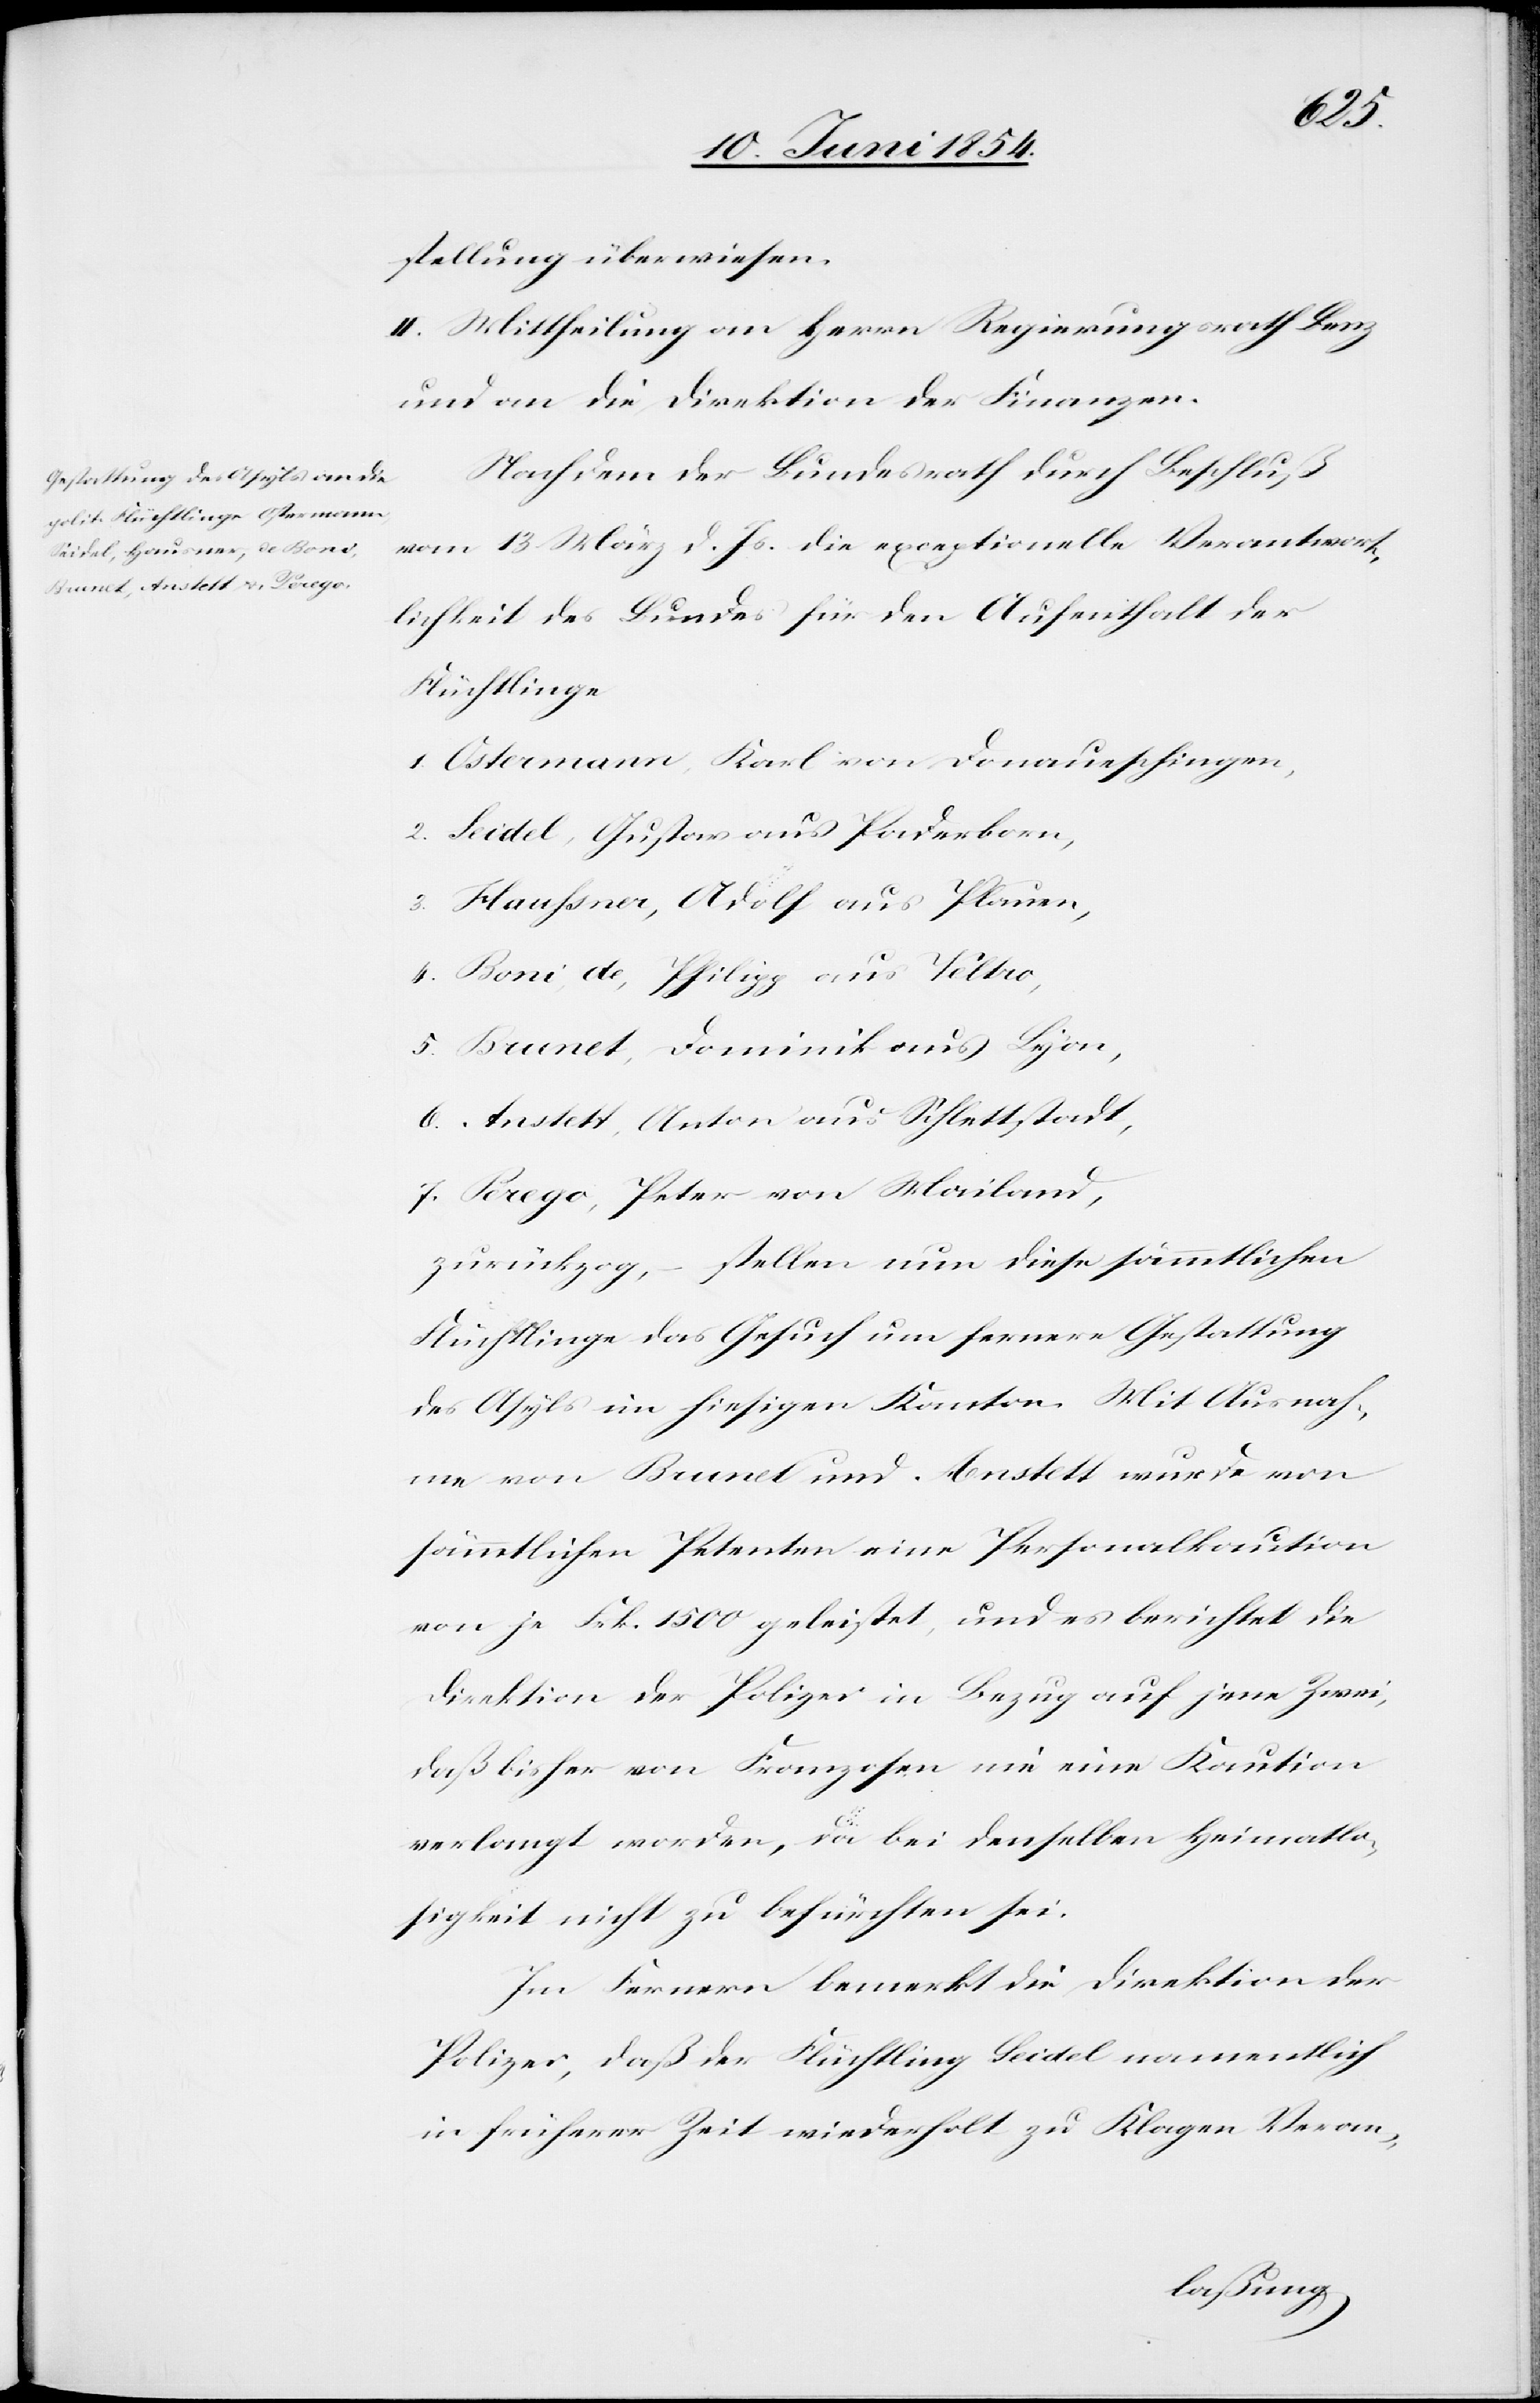
der
stellung überwiesen.
II. Mittheilung an Herrn Regierungsrath Benz
und an die Direktion der Finanzen.
Nachdem der Bundesrath durch Beschluß
vom 13 März d. Js. die exceptionelle Verantwort¬
Flüchtlinge
1. Ostermann, Karl von Donaueschingen,
2. Seidel, Gustav aus Paderborn,
[sic!], Adolf aus Plauen,
4. Boni, de, Philipp aus Têlbio,
5. Brunet, Dominik aus Lyon,
6. Anstett, Anton aus Schlettstadt,
7. Perego, Peter von Mailand,
zurückzog, – Stellen nun diese sämmtlichen
Flüchtlinge das Gesuch um fernere Gestattung
des Asyls im hiesigen Kanton. Mit Ausnah¬
me von Brunet und Anstett wurde von
sämmtlichen Petenten eine Personalkaution
von je Frk. 1500 geleistet, und es berichtet die
Direktion der Polizei in Bezug auf jene Zwei,
daß bisher von Franzosen nie eine Kaution
verlangt worden, da bei denselben Heimatlo¬
sigkeit nicht zu befürchten sei.
Im Fernern bemerkt die Direktion der
Polizei, daß der Flüchtling Seidel namentlich
in früherer Zeit wiederholt zu Klagen Veran-